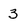
Character: 3